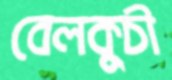
বেলকুচী